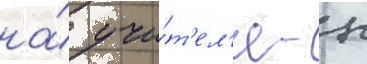
на́ учи́т'ел'я - н